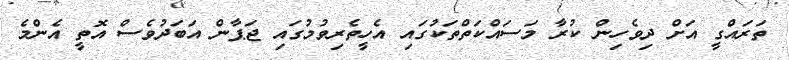
ތަރައްގީ އަށް ދިވެހިން ކުރާ މަސައްކަތްތަކުގައި އެހީތެރިވުމުގައި ޖަޕާން އަބަދުވެސް އޮތީ އެންމެ